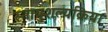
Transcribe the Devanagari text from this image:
स्नायुशल्यक्रिया